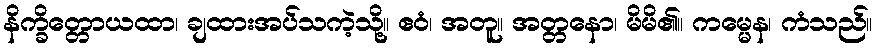
နိက္ခိတ္တောယထာ၊ ချထားအပ်သကဲ့သို့။ ဧဝံ၊ အတူ။ အတ္တနော၊ မိမိ၏။ ကမ္မေန၊ ကံသည်။